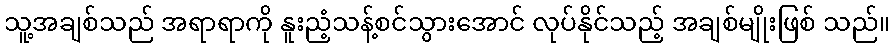
သူ့အချစ်သည် အရာရာကို နူးညံ့သန့်စင်သွားအောင် လုပ်နိုင်သည့် အချစ်မျိုးဖြစ် သည်။